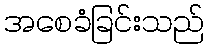
အစေခံခြင်းသည်